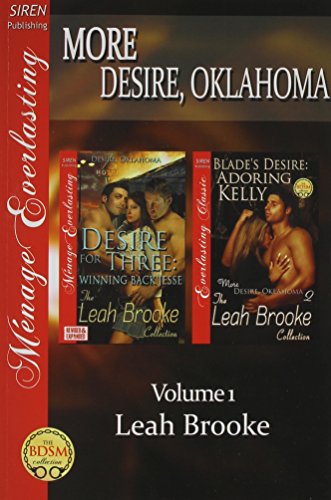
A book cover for More Desire, Oklahoma, Volume 1 [Desire for Three: Winning Back Jessie: Blade's Desire: Adoring Kelly] (Siren Publishing Menage Everlasting); Leah Brooke; Romance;